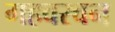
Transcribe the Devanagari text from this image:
गहवरवन